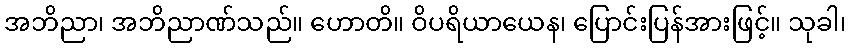
အဘိညာ၊ အဘိညာဏ်သည်။ ဟောတိ။ ဝိပရိယာယေန၊ ပြောင်းပြန်အားဖြင့်။ သုခါ၊